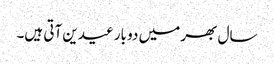
سال بھر میں دو بار عیدین آتی ہیں۔